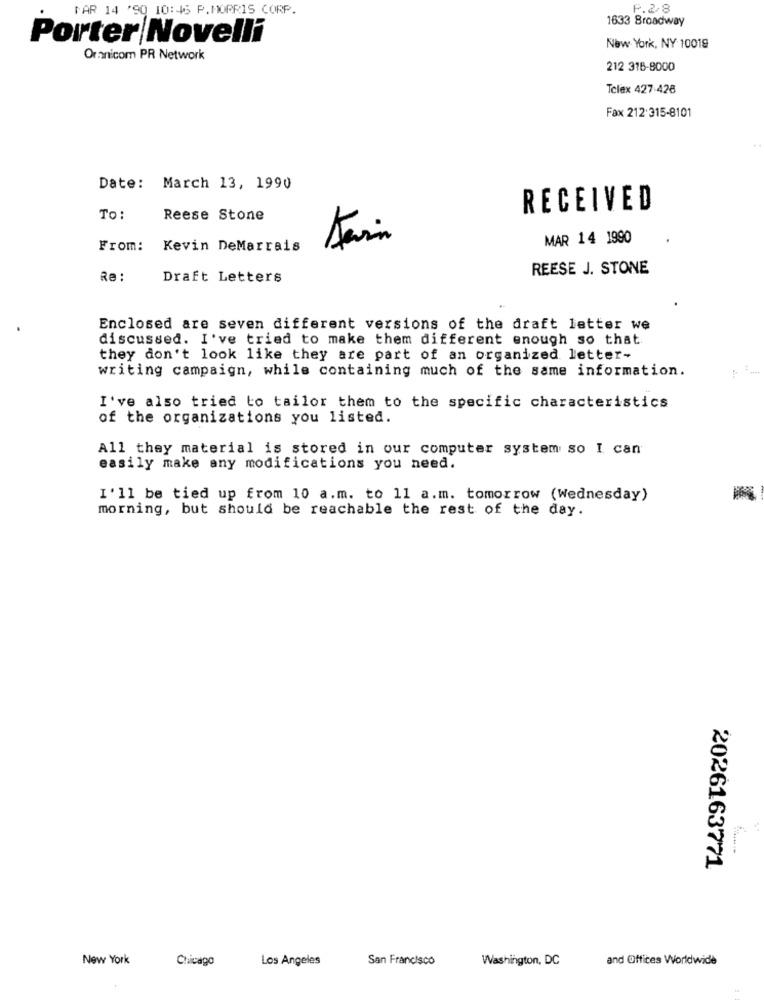
FAR 14 '90 10:46 P. MORRIS CORP.
P.2/8
1633 Broadway
Porter Novelli
New York, NY 10019
Oranicom PR Network
212 318-8000
Telex 427 428
Fax 212.315-8101
Date: March 13, 1990
RECEIVED
TO:
Reese Stone
MAR 14 1990
From:
Kevin DeMarrais
REESE J. STONE
Re :
Draft Letters
Enclosed are seven different versions of the draft letter we
discussed. I've tried to make them different enough so that
they don't look like they are part of an organized letter-
writing campaign, while containing much of the same information.
I've also tried to tailor them to the specific characteristics
of the organizations you listed.
All they material is stored in our computer system so I can
easily make any modifications you need.
I'll be tied up from 10 a.m. to 11 a.m. tomorrow (Wednesday)
morning, but should be reachable the rest of the day.
2026163771
New York
Chicago
Los Angeles
San Francisco
Washington, DC
and Offices Worldwide